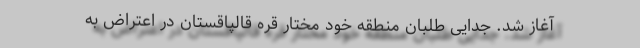
آغاز شد. جدایی طلبان منطقه خود مختار قره قالپاقستان در اعتراض به